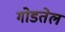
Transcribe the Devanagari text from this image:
गोडतेल